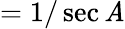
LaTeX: ={1/\sec\mathit{A}}